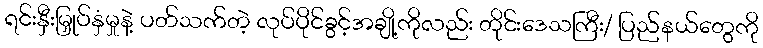
ရင်းနှီးမြှုပ်နှံမှုနဲ့ ပတ်သက်တဲ့ လုပ်ပိုင်ခွင့်အချို့ကိုလည်း တိုင်းဒေသကြီး/ ပြည်နယ်တွေကို